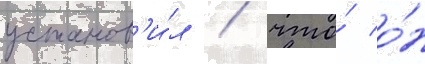
установ'и́л / что́ о́н